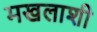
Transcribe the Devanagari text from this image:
मखलाशी